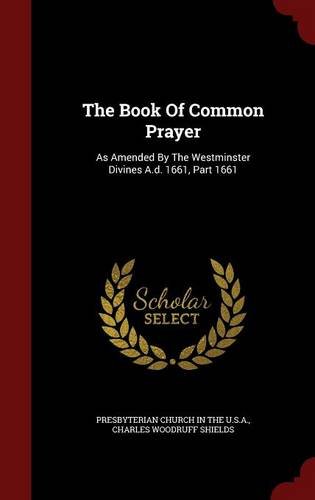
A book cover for The Book Of Common Prayer: As Amended By The Westminster Divines A.d. 1661, Part 1661; Christian Books & Bibles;